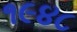
૧૯૪૮